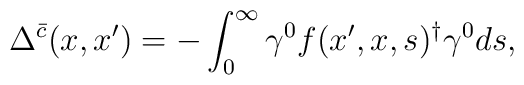
\Delta ^{\bar{c}}(x,x^{\prime })=-\int_0^\infty \gamma ^0f(x^{\prime},x,s)^{\dagger }\gamma ^0ds,